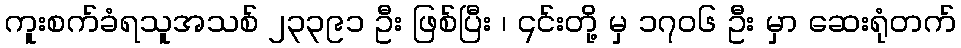
ကူးစက်ခံရသူအသစ် ၂၃၃၉၁ ဦး ဖြစ်ပြီး ၊ ၎င်းတို့ မှ ၁၇၀၆ ဦး မှာ ဆေးရုံတက်